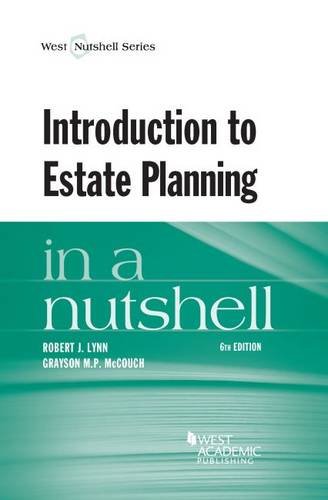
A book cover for Introduction to Estate Planning in a Nutshell; Grayson McCouch; Business & Money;